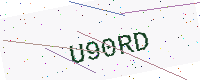
Text: U90RD